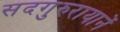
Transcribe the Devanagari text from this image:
सदगुरुरायानें